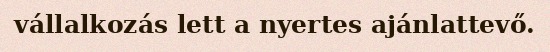
vállalkozás lett a nyertes ajánlattevő.